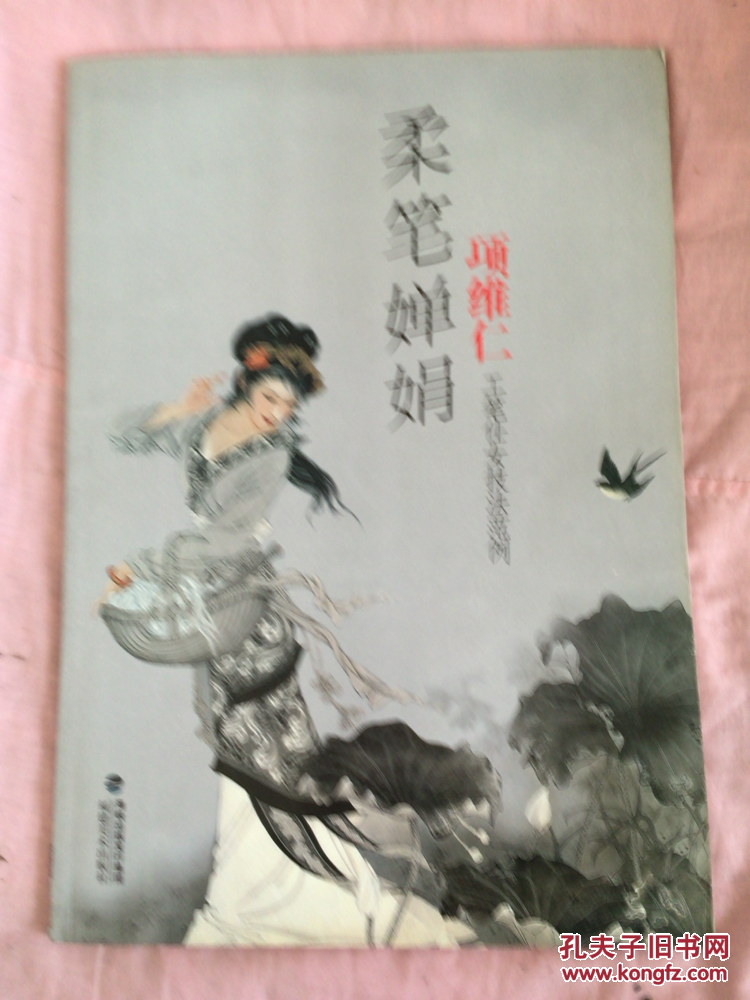
分不尽，半凉天。可怜闲剩此婵娟。